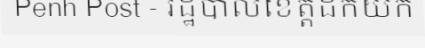
Penh Post - រដ្ឋបាលខេត្តដកយក